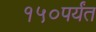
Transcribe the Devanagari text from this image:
१५०पर्यंत